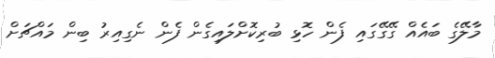
މާލޭގެ ބައެއް ގޭގޭގައި ފެން ހޮޅި ބުރިކޮށްލައިގެން ފެން ނެގިއިރު ބިން މައްޗަށް